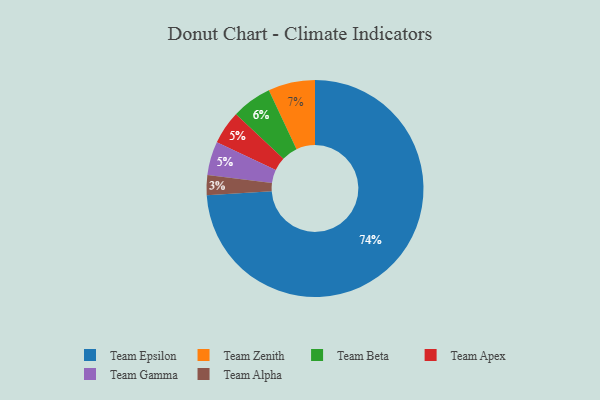
{"axis": {"x": "Category", "y": "Percentage"}, "legend": ["Team Alpha", "Team Apex", "Team Beta", "Team Epsilon", "Team Gamma", "Team Zenith"], "data": [{"x": "Team Zenith", "y": 7, "type": "Team Zenith"}, {"x": "Team Apex", "y": 5, "type": "Team Apex"}, {"x": "Team Beta", "y": 6, "type": "Team Beta"}, {"x": "Team Gamma", "y": 5, "type": "Team Gamma"}, {"x": "Team Epsilon", "y": 74, "type": "Team Epsilon"}, {"x": "Team Alpha", "y": 3, "type": "Team Alpha"}]}